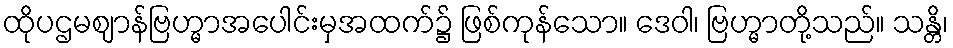
ထိုပဌမဈာန်ဗြဟ္မာအပေါင်းမှအထက်၌ ဖြစ်ကုန်သော။ ဒေဝါ၊ ဗြဟ္မာတို့သည်။ သန္တိ၊